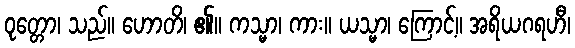
ဝုတ္တော၊ သည်။ ဟောတိ၊ ၏။ ကသ္မာ၊ ကား။ ယသ္မာ၊ ကြောင့်။ အရိယဂရဟီ၊